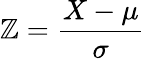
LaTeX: \mathbb{Z}={\frac{{X-\mu}}{{\sigma}}}